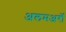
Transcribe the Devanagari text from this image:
अलमअर्रो